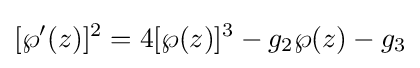
[\wp '(z)]^{2}=4[\wp (z)]^{3}-g_{2}\wp (z)-g_{3}